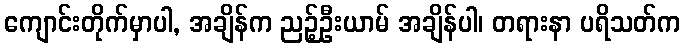
ကျောင်းတိုက်မှာပါ, အချိန်က ညဉ့်ဦးယာမ် အချိန်ပါ၊ တရားနာ ပရိသတ်က